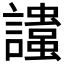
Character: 𲁾